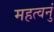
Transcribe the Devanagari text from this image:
महत्वनुं